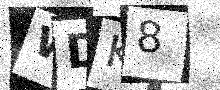
Text: WDK8